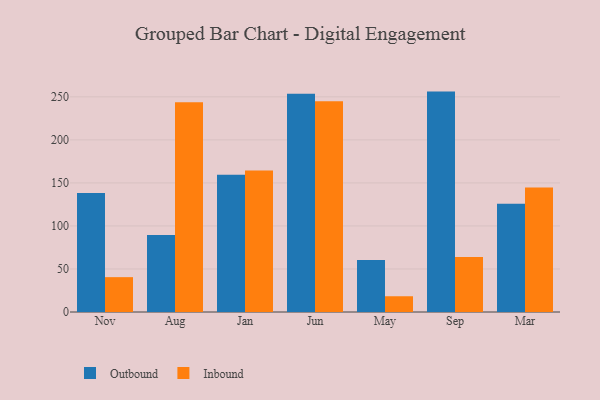
{"axis": {"x": "Month", "y": "Demand Index"}, "legend": ["Inbound", "Outbound"], "data": [{"x": "Nov", "y": 138.2, "type": "Outbound"}, {"x": "Nov", "y": 40.5, "type": "Inbound"}, {"x": "Aug", "y": 89.6, "type": "Outbound"}, {"x": "Aug", "y": 243.6, "type": "Inbound"}, {"x": "Jan", "y": 159.6, "type": "Outbound"}, {"x": "Jan", "y": 164.4, "type": "Inbound"}, {"x": "Jun", "y": 253.7, "type": "Outbound"}, {"x": "Jun", "y": 244.8, "type": "Inbound"}, {"x": "May", "y": 60.4, "type": "Outbound"}, {"x": "May", "y": 18.3, "type": "Inbound"}, {"x": "Sep", "y": 256.1, "type": "Outbound"}, {"x": "Sep", "y": 63.8, "type": "Inbound"}, {"x": "Mar", "y": 125.7, "type": "Outbound"}, {"x": "Mar", "y": 144.8, "type": "Inbound"}]}